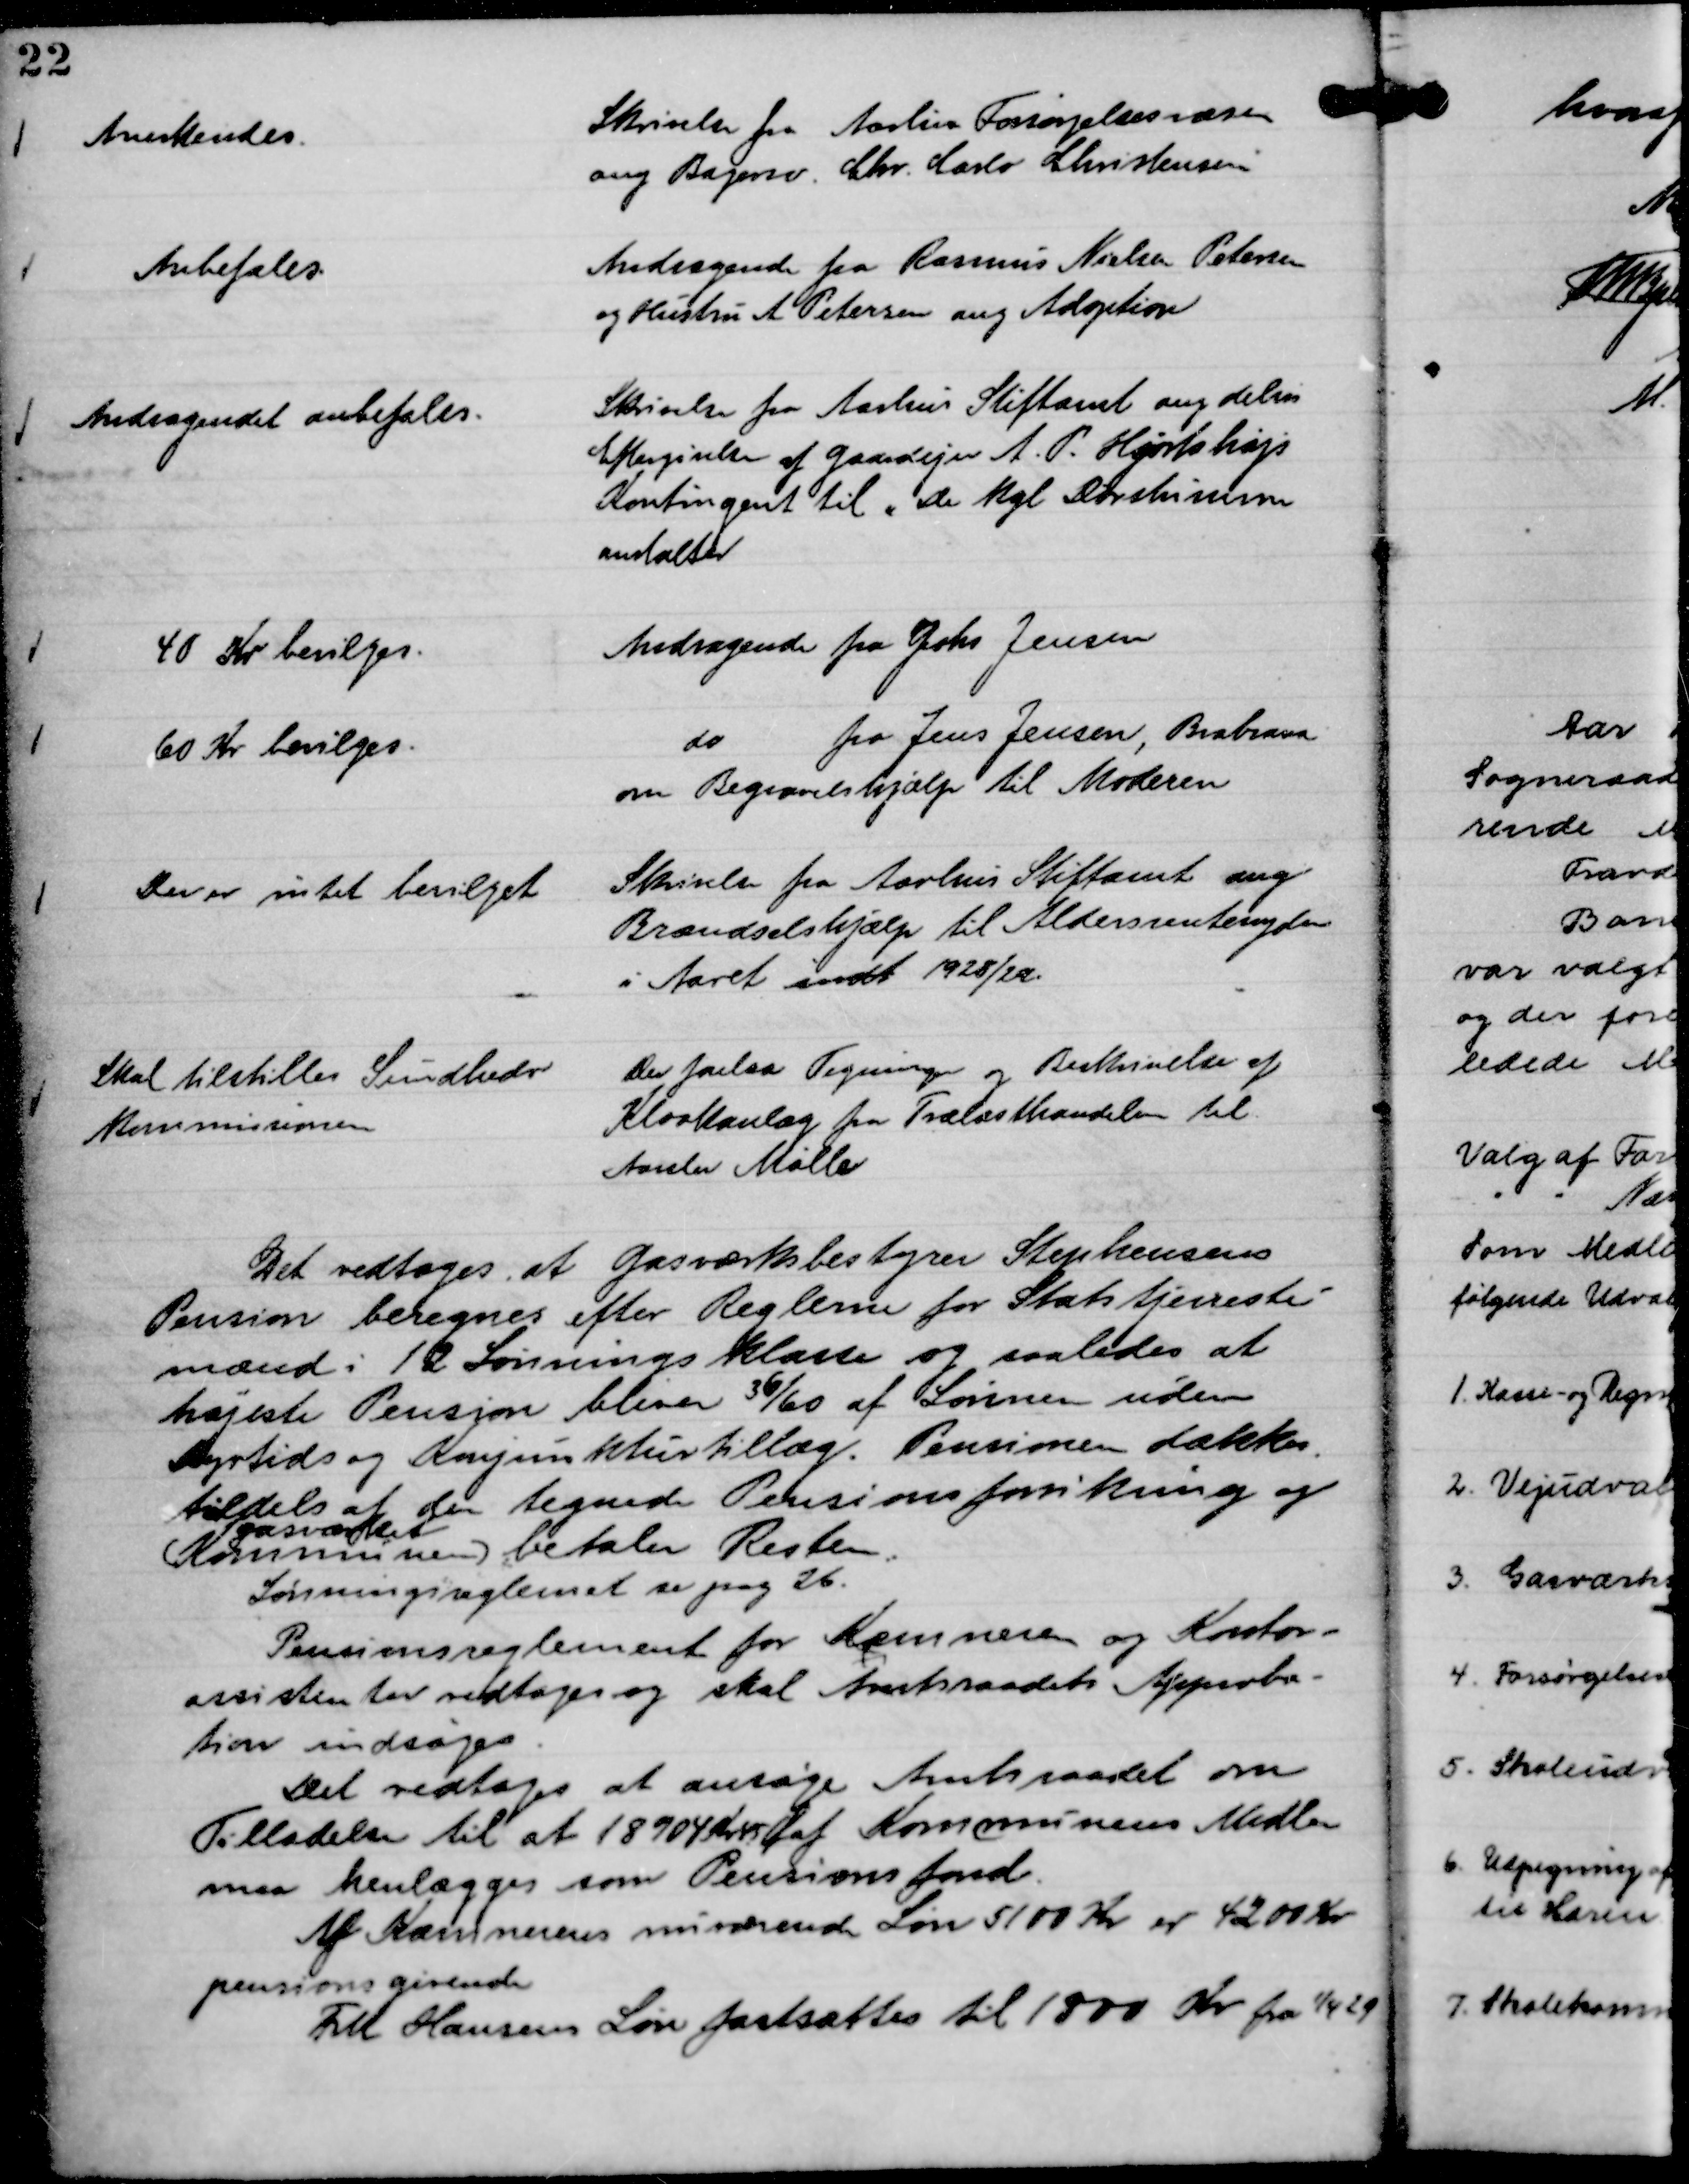
Transskription:
Skrivelse fra Aarhus Forsørgelsesvæsen
ang Bagersv. Chr. Carlo Christensen

Anerkendes.

Andragende fra Rasmus Nielsen Petersen 
og Hustru A Petersen ang Adoption

Anbefales.

Skrivelse fra Aarhus Stiftamt ang delvis
Eftergivelse af Gaardejer A. P. Hjortshøjs
Kontingent til " De Kgl Døvestumme
anstalter

Andragendet anbefales.

Andragende fra Johs Jensen

40 Kr bevilges.

do
fra Jens Jensen, Brabrand
om Begravelshjælp til Moderen

60 Kr bevilges.

Skrivelse fra Aarhus Stiftamt ang
Brændselshjælp til Aldersrentenydere
i Aaret indt 1928/29.

Der er intet bevilget

Der forelaa Tegninger og Beskrivelse af
Kloakanlæg fra Trælasthandelen til 
Aarslev Mølle

Skal tilstilles Sundheds
Kommissionen

Det vedtages at Gasværksbestyrer Stephensens
Pension beregnes efter Reglerne for Statstjeneste-
mænd i 12 Lønningsklasse og saaledes at
højeste Pension bliver 36/60 af Lønnen uden
Dyrtids og Konjunkturtillæg. Pensionen dækkes 
tildels at den tegnede Pensionsforsikring og
Gasværket
( Kommunen ) betaler Resten.
Lønningsreglemet se pag 26.
Pensionsreglement for Kæmneren og Kontor-
assistenter vedtages og skal Amtsraadets Approba-
tion indsøges.
Det vedtages at ansøge Amtsraadet om
Tilladelse til at 18904 Kr 45 Ø af Kommunens Midler
maa henlægges som Pensionsfond.
Af Kæmnerens nuværende Løn 5100 Kr er 4200 Kr
pensionsgivende
Fru Hansens Løn fastsættes til 1800 Kr fra 1/4 29